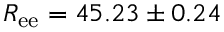
R _ { \mathrm { e e } } = 4 5 . 2 3 \pm 0 . 2 4